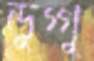
ডুগ্গু